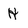
Character: H